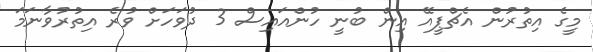
މީގެ އިތުރުން އެޗްޕީއޭ އިން ބުނީ ހުންއައިސް 3 ދުވަހަށް ވުރެ އިތުރުވާނަމަ